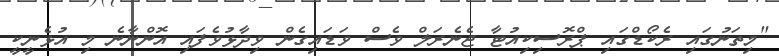
"މިތަނުގައި ރެކޯޑްގައި ޕްރޮސިކިއުޓާ ޖެނެރަލް ވެސް ވަޑައިގެން ވިދާޅުވެފައި އޮންނާނެ މި އުޅެނީކީ